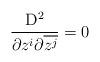
LaTeX: \begin{align*} \frac{{{\rm{D}}^{2}}}{\partial{{z}^{i}}\partial\overline{{{z}^{j}}}}=0\end{align*}